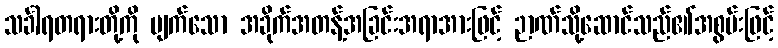
သင်္ခါရတရားတို့ကို ပျက်သော အခိုက်အတန့်အခြင်းအရာအားဖြင့် ဉာဏ်သို့ဆောင်သည်၏အစွမ်းဖြင့်